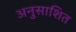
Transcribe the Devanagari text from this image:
अनुसाशित